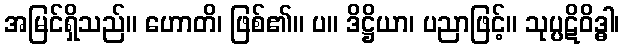
အမြင်ရှိသည်။ ဟောတိ၊ ဖြစ်၏။ ပ။ ဒိဋ္ဌိယာ၊ ပညာဖြင့်။ သုပ္ပဋိဝိဒ္ဓါ၊